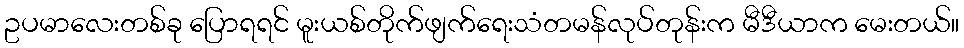
ဥပမာလေးတစ်ခု ပြောရရင် မူးယစ်တိုက်ဖျက်ရေးသံတမန်လုပ်တုန်းက မီဒီယာက မေးတယ်။